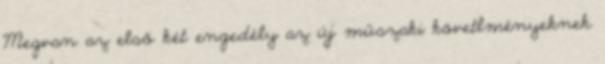
Megvan az első két engedély az új műszaki követlményeknek